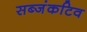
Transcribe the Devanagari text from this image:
सब्जंकटिव